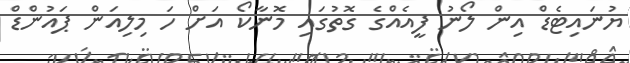
ޔުނައިޓެޑް އިން ލޯނު ފީއެއްގެ ގޮތުގައި މޮނާކޯ އަށް ހަ މިލިއަން ޕައުންޑް